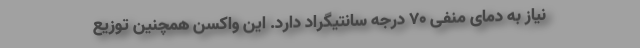
نیاز به دمای منفی ۷۰ درجه سانتیگراد دارد. این واکسن همچنین توزیع